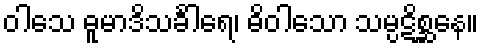
ဝါသေ ဓူမာဒိသင်္ခါရေ၊ ဓိဝါသော သမ္ပဋိစ္ဆနေ။